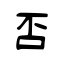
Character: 否